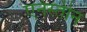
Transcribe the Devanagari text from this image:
एर्नेस्तीन